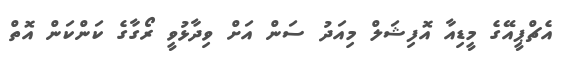
އެޗްޕީއޭގެ މީޑިއާ އޮފިޝަލް މިއަދު ސަން އަށް ވިދާޅުވީ ރޯގާގެ ކަންކަން އޮތް